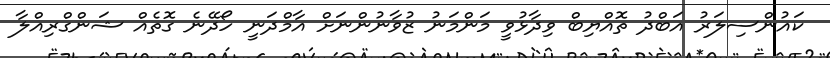
ކައުންސިލަރު އަބްދު ތޮއްޔިބް ވިދާޅުވީ މަންމަނު ޒުވާނުންނަށް އާމްދަނީ ހޯދޭނެ ގޮތެއް ޝަންގްރިއްލާ